Civil Veterinary Department. United Provinces 1912-22 - 1912-1922
Year: 1912
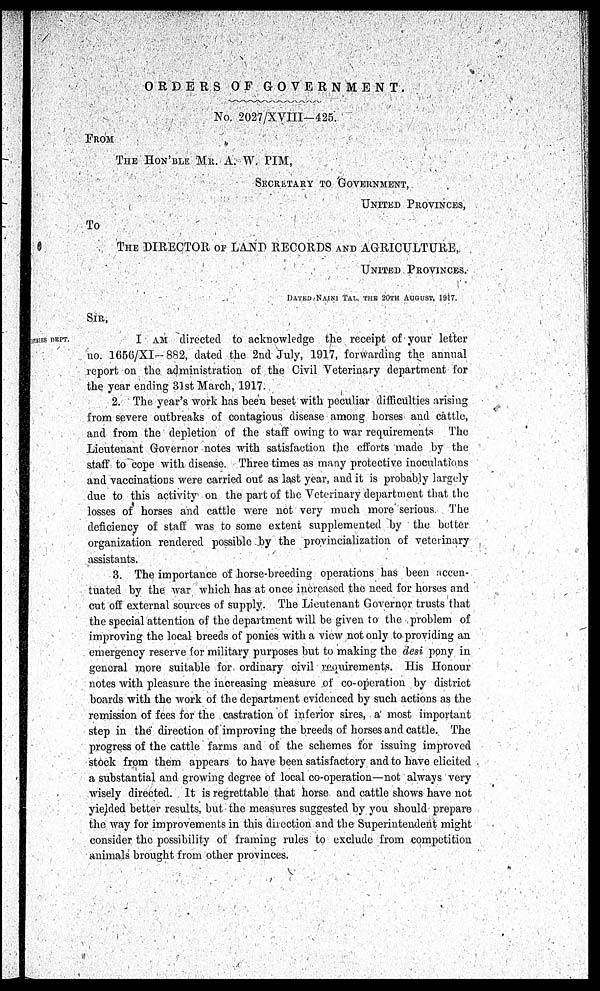
ORDERS OF
GOVERNMENT.
No. 2027/XVII1-425.
FROM
THE HON'BLE MR. A. W. PIM,
SECRETArRY TO GOVERNMENT,
UNITED PROVINCES,
To
THE DIRECTOR OF LAND RECORDS AND AGRICULTURE,
UNITED PROVInNCES.
DATED, NAINI TAL, THE 20TH AUGUST, 1917.
SIR,
I AM directed to acknowledge the receipt of your letter
no. 1656/XI—882, dated the 2nd July, 1917, forwarding the annual
report on the administration of the Civil Veterinary department for
the year ending 31st March, 1917.
2. The year's work has been beset with peculiar difficulties arising
from severe outbreaks of contagious disease among horses and cattle,
and from the depletion of the staff owing to war requirements The
Lieutenant Governor notes with satisfaction the efforts made by the
staff to cope with disease. Three times as many protective inoculations
and vaccinations were carried out as last year, and it is probably largely
due to this activity on the part of the Veterinary department that the
losses of horses and cattle were not very much more serious. The
deficiency of staff was to some extent supplemented by the better
organization rendered possible by the provincialization of veterinary-
assistants.
3. The importance of horse-breeding operations has been accen-
tuated by the war which has at once increased the need for horses and
cut off external sources of supply. The Lieutenant Governor trusts that
the special attention of the department will be given to the problem of
improving the local breeds of ponies with a view not only to providing an
emergency reserve for military purposes but to making the desi pony in
general more suitable for ordinary civil requirements. His Honour
notes with pleasure the increasing measure of co-operation by district
boards with the work of the department evidenced by such actions as the
remission of fees for the castration of inferior sires, a most important
step in the direction of improving the breeds of horses and cattle. The
progress of the cattle farms and of the schemes for issuing improved
stock from them appears to have been satisfactory and to have elicited
a substantial and growing degree of local co-operation—not always very
wisely directed. It is regrettable that horse and cattle shows have not
yielded better results, but the measures suggested by you should prepare
the way for improvements in this direction and the Superintendent might
consider the possibility of framing rules to exclude from competition
animals brought from other provinces.